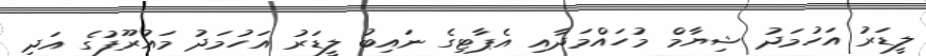
ލީޑަރު އަހުމަދު ޝިޔާމް މުހައްމަދާއި އެޕާޓިގެ ނައިބު ލީޑަރު އަހުމަދު މައުރޫފުގެ އަދި